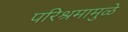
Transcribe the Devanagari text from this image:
परिश्रमामुळे